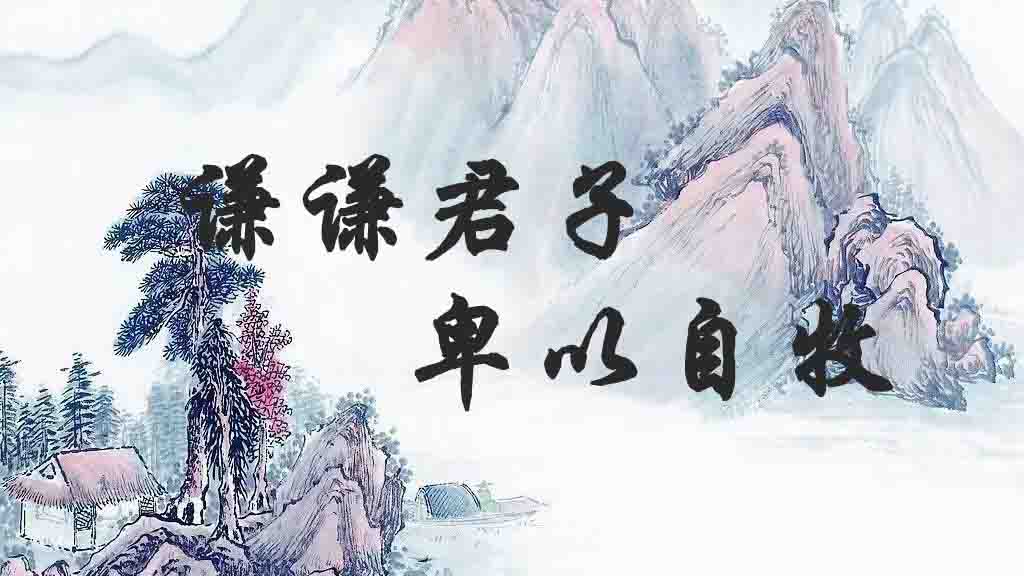
谦谦君子，卑以自牧